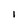
Character: l